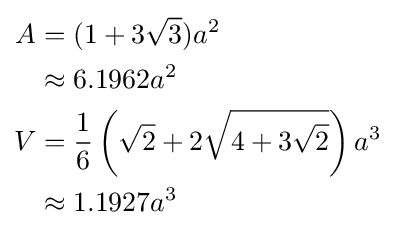
{\begin{aligned}A&=(1+3{\sqrt {3}})a^{2}\\&\approx 6.1962a^{2}\\V&={\frac {1}{6}}\left({\sqrt {2}}+2{\sqrt {4+3{\sqrt {2}}}}\right)a^{3}\\&\approx 1.1927a^{3}\end{aligned}}